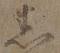
悉